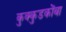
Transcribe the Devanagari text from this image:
कुक्कुडकोंबा